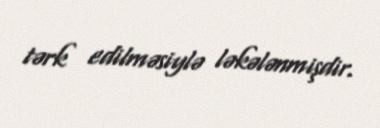
tərk edilməsiylə ləkələnmişdir.